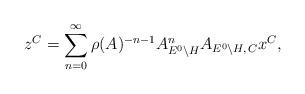
LaTeX: \begin{align*}z^C=\sum_{n=0}^\infty\rho(A)^{-n-1}A_{E^0\backslash H}^nA_{E^0\backslash H,\,C}x^C,\end{align*}